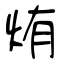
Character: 烠